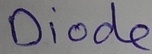
Text: Diode